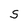
Character: S